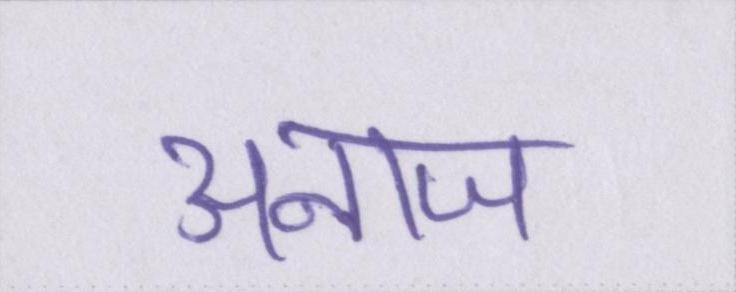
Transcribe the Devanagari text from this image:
अनाज